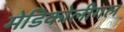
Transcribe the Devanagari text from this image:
मेडिकोलीगल